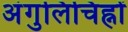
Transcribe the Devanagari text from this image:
अंगुलिचिह्नों